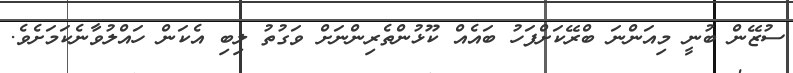
ސުޒޭން ބުނީ މިއަންނަ ބްރޭކަށްފަހު ބައެއް ކޫޅުންތެރިންނަށް ވަގުތު ލިބި އެކަން ހައްލުވާނެކަމަށެވެ.